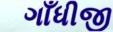
ગાઁધીજી